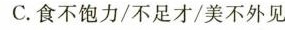
C. 食不饱力/不足才/美不外见